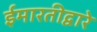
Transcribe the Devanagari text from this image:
ईमारतीद्वारे